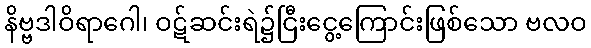
နိဗ္ဗဒါဝိရာဂေါ၊ ဝဋ်ဆင်းရဲ၌ငြီးငွေ့ကြောင်းဖြစ်သော ဗလဝ